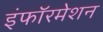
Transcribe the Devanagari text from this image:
इंफॉरमेशन